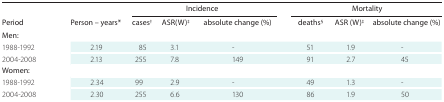
| <ROWSPAN=2> Period | <ROWSPAN=2> Person – years* | <COLSPAN=4> Incidence | <COLSPAN=3> Mortality |
 | N† | ASR(W)‡ | absolute change (%) | <COLSPAN=2> N§ | ASR (W)‡ | absolute change (%) |
 | --- | --- | --- | --- | --- | --- | --- | --- | --- |
 | Men: |  |  |  |  | <COLSPAN=2>  |  |  |
 | 1988-1992 | 2.19 | 85 | 3.1 | - | <COLSPAN=2> 51 | 1.9 | - |
 | 2004-2008 | 2.13 | 255 | 7.8 | 149 | <COLSPAN=2> 91 | 2.7 | 45 |
 | Women: |  |  |  |  | <COLSPAN=2>  |  |  |
 | 1988-1992 | 2.34 | 99 | 2.9 | - | <COLSPAN=2> 49 | 1.3 | - |
 | 2004-2008 | 2.30 | 255 | 6.6 | 130 | <COLSPAN=2> 86 | 1.9 | 50 |